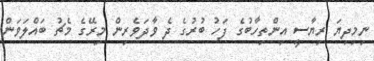
ނިމިދިޔަ ރިޔާސީ އިންތިހާބުގެ ފަހު ބުރުގެ ދެ ވާދަވެރިން މިރޭގެ މެޗު ބައްލަވަން